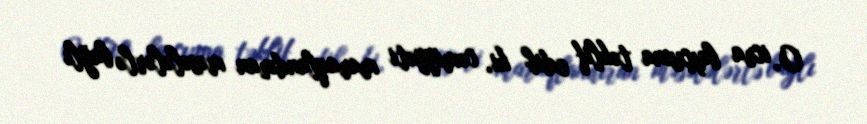
O, icra başçısına təklif edib ki, cəmiyyəti maraqlandıran məsələlərlə bağlı